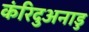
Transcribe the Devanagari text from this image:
कंरिदुअनाडु